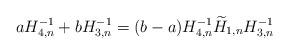
LaTeX: \begin{align*} aH_{4,n}^{-1}+bH_{3,n}^{-1}=(b-a)H_{4,n}^{-1}\widetilde H_{1,n}H_{3,n}^{-1}\end{align*}